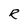
Character: R